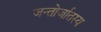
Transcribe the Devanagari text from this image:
जन्तोर्जातस्य